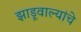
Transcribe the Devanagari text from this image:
झाडूवाल्यांचे